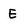
Character: E